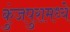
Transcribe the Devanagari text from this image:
कुंजपुरामध्ये